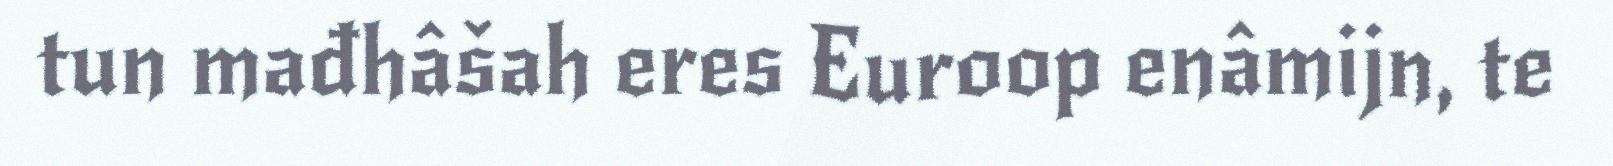
tun mađhâšah eres Euroop enâmijn, te